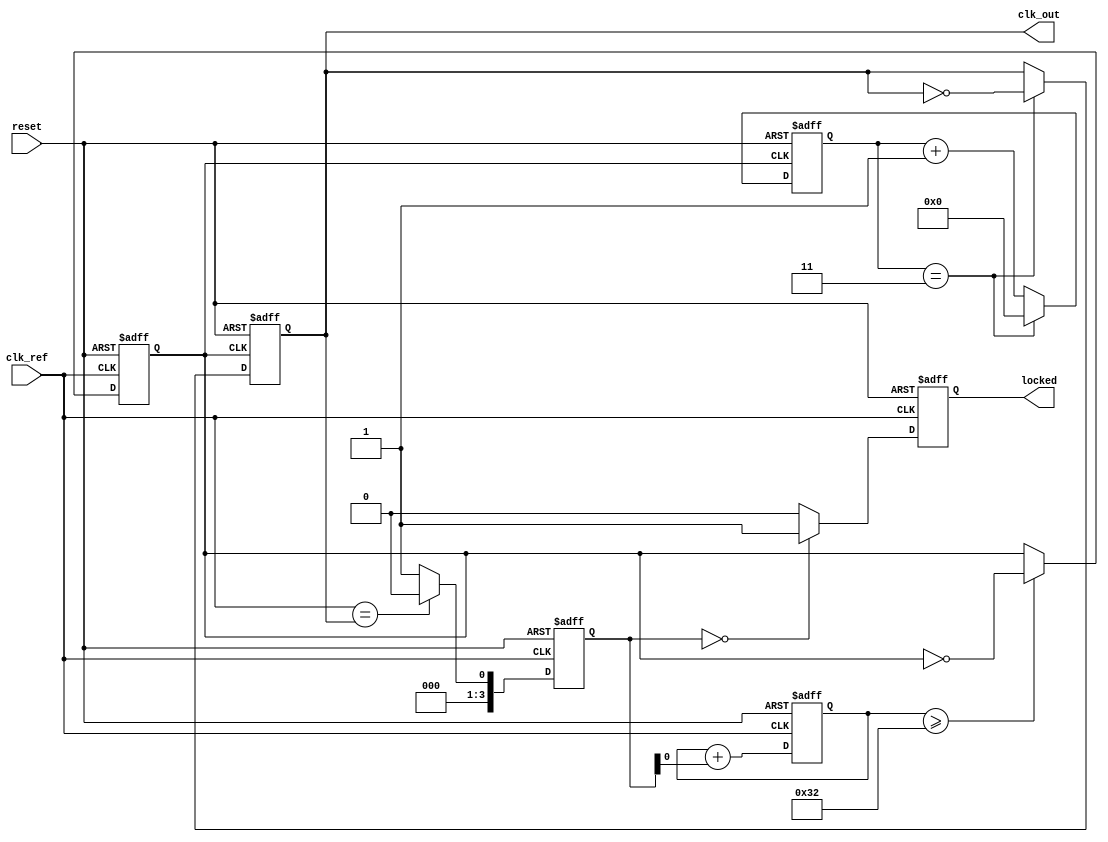
module PLL (
    input wire clk_ref,               // Reference clock input
    input wire reset,                 // Asynchronous reset
    output reg clk_out,               // Output clock
    output reg locked                 // Lock status indicator
);

// Parameters
parameter DIV_RATIO = 4;            // Divider ratio
parameter VCO_FREQ = 100;            // VCO frequency multiplier

// Internal signals
reg [3:0] phase_error;               // Phase error from PD
reg [7:0] control_voltage;            // Control voltage from LF
reg vco_clk;                          // VCO generated clock
reg [1:0] state;                     // PLL states: 0 - Lock Mode, 1 - Acquisition Mode, 2 - Reset

// State encoding
localparam LOCK_MODE = 2'b00;
localparam ACQUISITION_MODE = 2'b01;

// Phase Detector (PD)
always @(posedge clk_ref or posedge reset) begin
    if (reset) begin
        phase_error <= 4'b0;
    end else begin
        // Example phase comparison logic (placeholder)
        if (clk_ref == clk_out)
            phase_error <= 4'b0000;    // In phase
        else
            phase_error <= 4'b0001;    // Out of phase
    end
end

// Loop Filter (LF)
always @(posedge clk_ref or posedge reset) begin
    if (reset) begin
        control_voltage <= 8'b0;
    end else begin
        // Simple integration of phase error as control voltage adjustment (placeholder)
        control_voltage <= control_voltage + phase_error[0]; // Adjust as per requirement
    end
end

// Voltage-Controlled Oscillator (VCO)
always @(posedge clk_ref or posedge reset) begin
    if (reset) begin
        vco_clk <= 1'b0;
    end else begin
        // Simple VCO behavior (toggle output based on control voltage)
        if (control_voltage >= (VCO_FREQ / 2))
            vco_clk <= ~vco_clk;
    end
end

// Divider
reg [3:0] divider_counter;
always @(posedge vco_clk or posedge reset) begin
    if (reset) begin
        divider_counter <= 4'b0;
        clk_out <= 1'b0;
    end else if (divider_counter == DIV_RATIO - 1) begin
        clk_out <= ~clk_out;
        divider_counter <= 4'b0;
    end else begin
        divider_counter <= divider_counter + 1;
    end
end

// Lock logic
always @(posedge clk_ref or posedge reset) begin
    if (reset) begin
        locked <= 1'b0;
        state <= LOCK_MODE;
    end else if (phase_error == 4'b0000) begin
        locked <= 1'b1;
        state <= LOCK_MODE;
    end else begin
        locked <= 1'b0;
        state <= ACQUISITION_MODE;
    end
end

endmodule